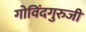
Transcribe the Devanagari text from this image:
गोविंदगुरुजी